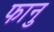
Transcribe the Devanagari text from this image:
फानु